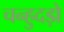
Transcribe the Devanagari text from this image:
चन्हुदड़ो